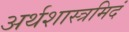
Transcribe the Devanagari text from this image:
अर्थशास्त्रमिदं